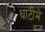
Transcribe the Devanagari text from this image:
घाटीमे